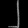
Digit: ၂